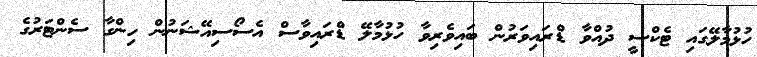
ހުޅުމާލޭގައި ޓެކްސީ ދުއްވާ ޑްރައިވަރުން ބައިވެރިވާ ހުޅުމާލޭ ޑްރައިވާސް އެސޯސިއޭޝަނުން ހިންގާ ސެންޓަރުގެ